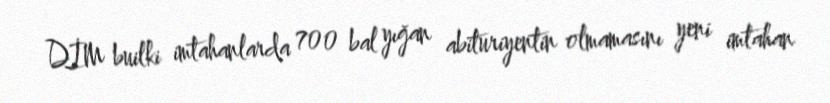
DİM builki imtahanlarda 700 bal yığan abituriyentin olmamasını yeni imtahan